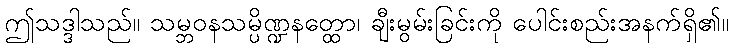
ဤသဒ္ဒါသည်။ သမ္ဘဝနသမ္ပိဏ္ဍနတ္ထော၊ ချီးမွမ်းခြင်းကို ပေါင်းစည်းအနက်ရှိ၏။